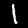
Digit: 1